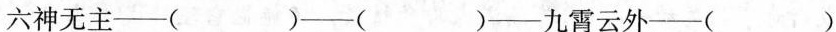
六神无主—( )—( )—九霄云外—()